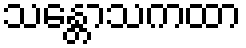
သန္တောသကထာ